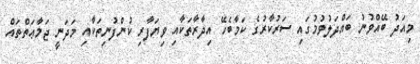
މިއަދު ބޭއްވުނު ބައްދަލުވުމުގައި ސަރުކާރުގެ ކަމާބެހޭ އިދާރާތަކާއި ވިޔަފާރި ކުންފުނިތަކާއި މަދަނީ ޖަމާޢަތްތައް